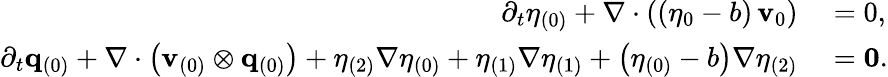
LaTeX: \begin{array}{rl}{\partial_{t}\eta_{(0)}+\nabla\cdot\left(\left(\eta_{0}-b\right)\, \mathbf{v}_{0}\right)}&{{}=0,}\\ {\partial_{t}\mathbf{q}_{(0)}+\nabla\cdot\left(\mathbf{v}_{(0)}\otimes\mathbf{q}_{(0)}\right)+\eta_{(2)}\nabla\eta_{(0)}+\eta_{(1)}\nabla\eta_{(1)}+\left(\eta_{(0)}-b\right)\nabla\eta_{(2)}}&{{}=\mathbf{0}.}\end{array}